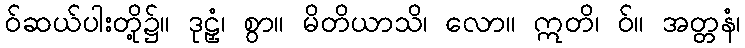
ဝ်ဆယ်ပါးတို့၌။ ဒုဠှံ၊ စွာ။ မိတိယာသိ၊ လော။ ဣတိ၊ ဝ်။ အတ္တနံ၊